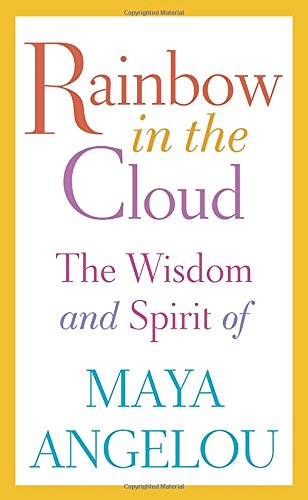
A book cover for Rainbow in the Cloud: The Wisdom and Spirit of Maya Angelou; Maya Angelou; Biographies & Memoirs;